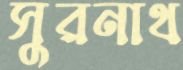
সুরনাথ